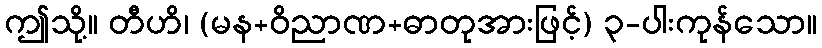
ဤသို့။ တီဟိ၊ (မန+ဝိညာဏ+ဓာတုအားဖြင့်) ၃-ပါးကုန်သော။